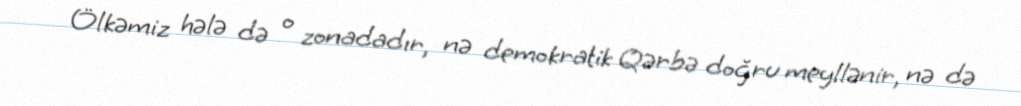
Ölkəmiz hələ də o zonadadır, nə demokratik Qərbə doğru meyllənir, nə də